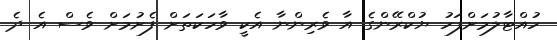
ހުއްޓާލުމަށްފަހު ޔުކްރޭންގެ އާ ވެރިންނާ އެކީ ވާހަކަތަށް ފެށުމަށް ވެސް އެ ދެ